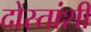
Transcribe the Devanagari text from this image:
दोस्तांशी